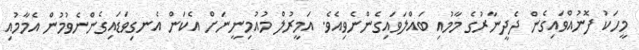
މީހަކު ފޮނުއްވައިގެން ދެދީނާރުގެ މާމުއި ބައްލަވައިގެންނެވިއެވެ. އަމީރުލް މުއުމިނީނަށް އެކަން އެނގިވަޑައިގެންނެވުމުން އެމާމުއި